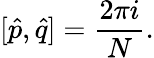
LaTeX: [\hat{p},\hat{q}]=\frac{2\pi i}{N}.